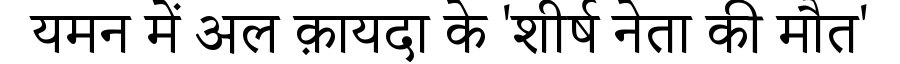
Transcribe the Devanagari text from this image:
यमन में अल क़ायदा के 'शीर्ष नेता की मौत'